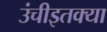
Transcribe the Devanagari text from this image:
उंचीइतक्या